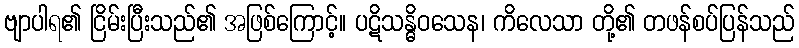
ဗျာပါရ၏ ငြိမ်းပြီးသည်၏ အဖြစ်ကြောင့်။ ပဋိသန္ဓိဝသေန၊ ကိလေသာ တို့၏ တဖန်စပ်ပြန်သည်